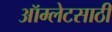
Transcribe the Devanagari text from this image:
ऑम्लेटसाठी